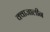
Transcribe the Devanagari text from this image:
क्वाजालीन